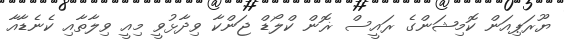
ޔޫރަޕިއަން ކޮމިޝަންގެ ރައީސް ޜޮން ކްލޯޑް ޖަންކާ ވިދާޅުވީ މިއީ ވިލާތާއި ކެނެޑާއާ